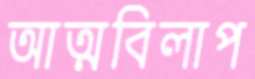
আত্মবিলাপ